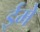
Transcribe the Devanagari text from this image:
ईमे